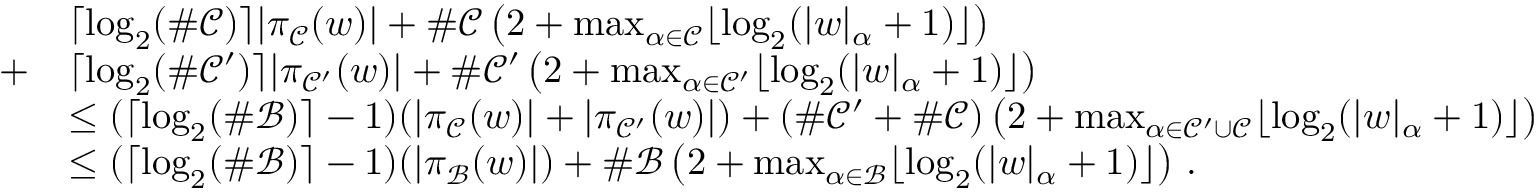
\begin{array} { r l } & { \lceil \log _ { 2 } ( \# \mathcal { C } ) \rceil | \pi _ { \mathcal { C } } ( w ) | + \# \mathcal { C } \left( 2 + \operatorname* { m a x } _ { \alpha \in \mathcal { C } } \lfloor \log _ { 2 } ( | w | _ { \alpha } + 1 ) \rfloor \right) } \\ { + } & { \lceil \log _ { 2 } ( \# \mathcal { C } ^ { \prime } ) \rceil | \pi _ { \mathcal { C } ^ { \prime } } ( w ) | + \# \mathcal { C } ^ { \prime } \left( 2 + \operatorname* { m a x } _ { \alpha \in \mathcal { C } ^ { \prime } } \lfloor \log _ { 2 } ( | w | _ { \alpha } + 1 ) \rfloor \right) } \\ & { \le ( \lceil \log _ { 2 } ( \# \mathcal { B } ) \rceil - 1 ) ( | \pi _ { \mathcal { C } } ( w ) | + | \pi _ { \mathcal { C } ^ { \prime } } ( w ) | ) + ( \# \mathcal { C } ^ { \prime } + \# \mathcal { C } ) \left( 2 + \operatorname* { m a x } _ { \alpha \in \mathcal { C } ^ { \prime } \cup \mathcal { C } } \lfloor \log _ { 2 } ( | w | _ { \alpha } + 1 ) \rfloor \right) } \\ & { \le ( \lceil \log _ { 2 } ( \# \mathcal { B } ) \rceil - 1 ) ( | \pi _ { \mathcal { B } } ( w ) | ) + \# \mathcal { B } \left( 2 + \operatorname* { m a x } _ { \alpha \in \mathcal { B } } \lfloor \log _ { 2 } ( | w | _ { \alpha } + 1 ) \rfloor \right) \, . } \end{array}